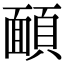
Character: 𩔁